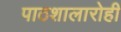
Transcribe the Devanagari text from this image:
पाठशालारोही